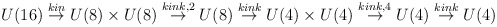
\begin{align*}U(16)\stackrel{kin}{\rightarrow}U(8)\times U(8) \stackrel{kink,2}{\rightarrow} U(8) \stackrel{kink}{\rightarrow} U(4)\times U(4) \stackrel{kink,4}{\rightarrow}U(4)\stackrel{kink}{\rightarrow} U(4)\end{align*}